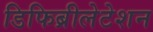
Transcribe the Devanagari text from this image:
डिफिब्रीलेटेशन